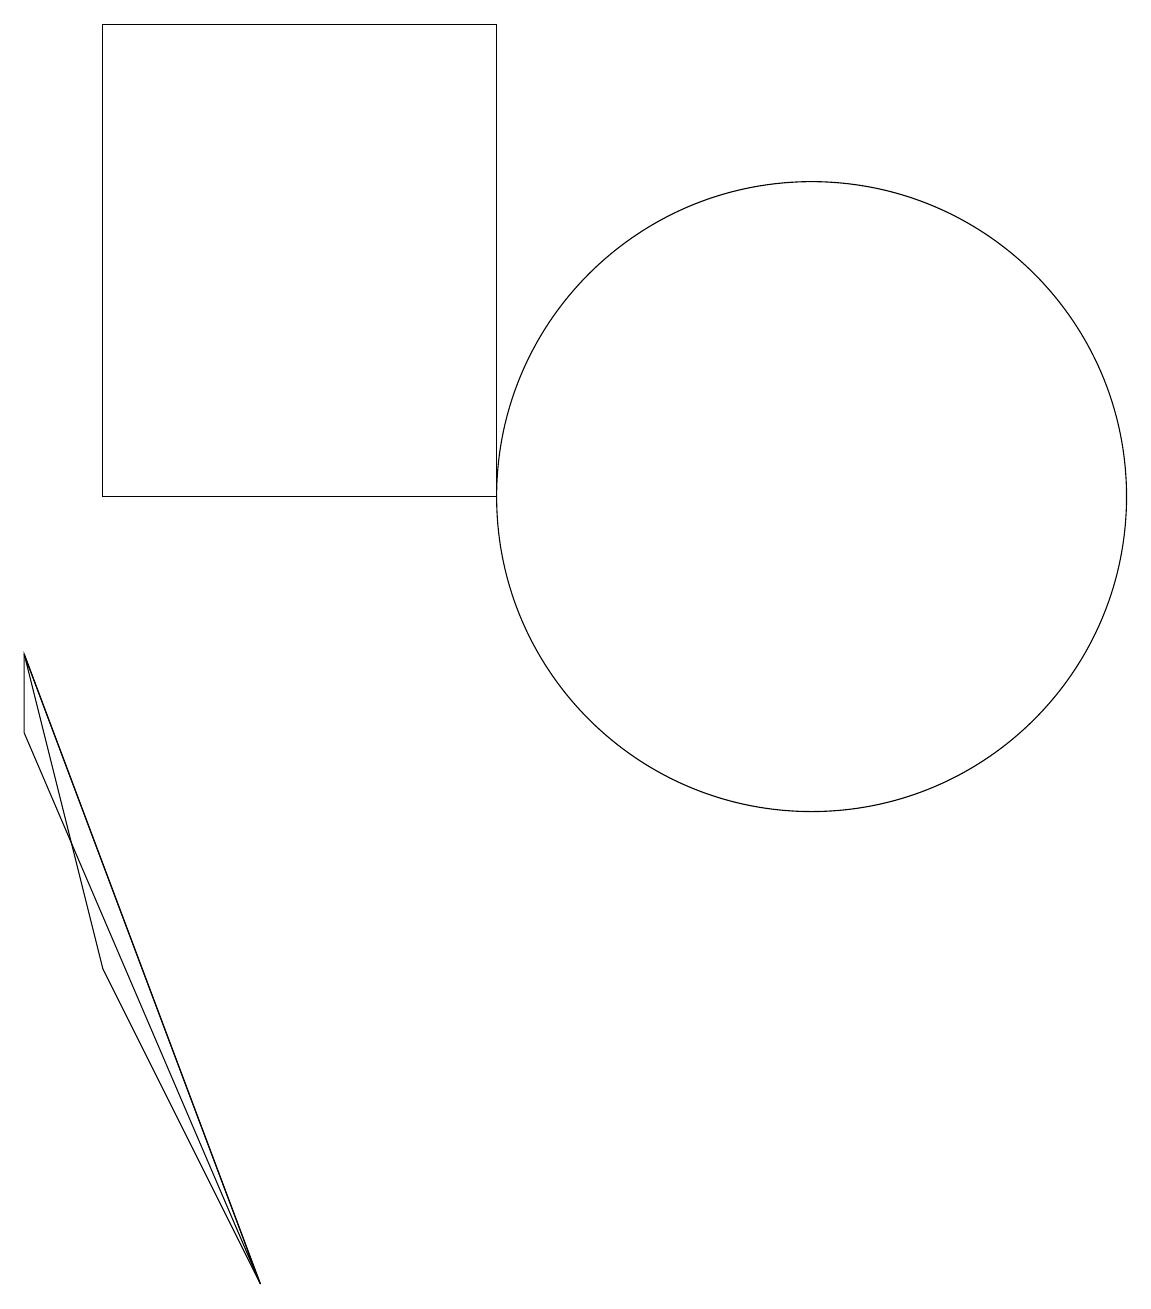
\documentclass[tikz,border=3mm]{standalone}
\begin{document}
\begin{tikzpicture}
\draw (10,11) circle (4);
\draw (0,9) -- (1,5) -- (3,1) -- cycle;
\draw (6,11) rectangle (1,17);
\draw (0,8) -- (3,1) -- (0,9) -- cycle;
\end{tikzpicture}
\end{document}